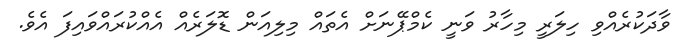
ވާދަކުރެއްވި ހިލަރީ މިހާރު ވަނީ ކެމްޕޭނަށް އެތައް މިލިއަން ޑޮލަރެއް އެއްކުރައްވައިފަ އެވެ.